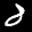
Label: 8